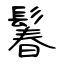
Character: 鬊